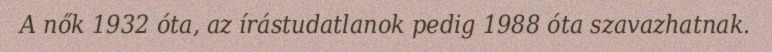
A nők 1932 óta, az írástudatlanok pedig 1988 óta szavazhatnak.